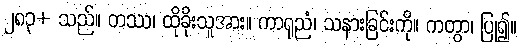
၂၈၃+ သည်။ တဿ၊ ထိုခိုးသူအား။ ကာရုညံ၊ သနားခြင်းကို။ ကတွာ၊ ပြု၍။